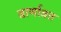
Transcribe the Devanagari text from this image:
वार्णावत